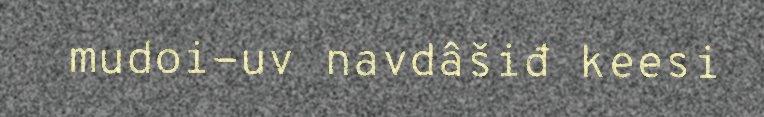
mudoi-uv navdâšiđ keesi